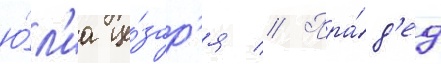
ю́л'иа це́зар'я // Пра́д'ед